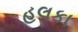
હલકા